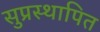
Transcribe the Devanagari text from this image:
सुप्रस्थापित